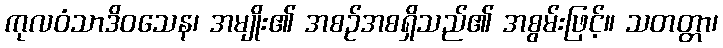
ကုလဝံသာဒိဝသေန၊ အမျိုး၏ အစဉ်အစရှိသည်၏ အစွမ်းဖြင့်။ သတတ္တာ၊